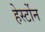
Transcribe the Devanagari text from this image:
हेर्स्टोन